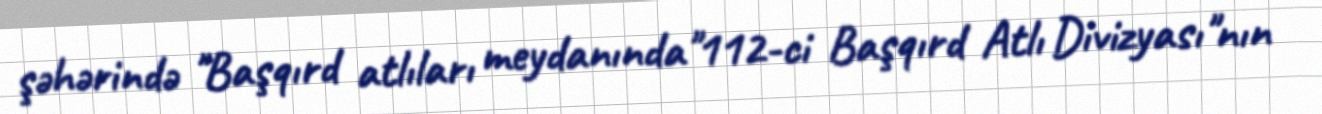
şəhərində "Başqırd atlıları meydanında"112-ci Başqırd Atlı Divizyası"nın